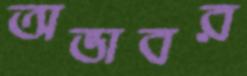
অভাবর